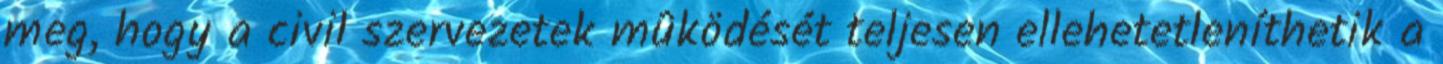
meg, hogy a civil szervezetek mûködését teljesen ellehetetleníthetik a